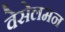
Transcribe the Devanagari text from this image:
वेसेलमन